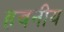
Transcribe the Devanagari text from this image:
हवनीय